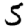
Digit: 5